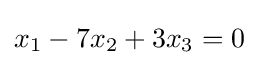
x_{1}-7x_{2}+3x_{3}=0